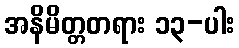
အနိမိတ္တတရား ၁၃-ပါး